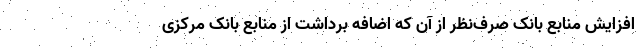
افزایش منابع بانک صرف‌نظر از آن که اضافه برداشت از منابع بانک مرکزی